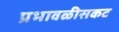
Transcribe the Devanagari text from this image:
प्रभावळीसकट